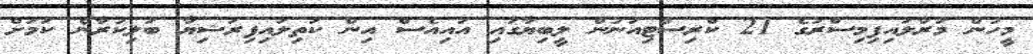
މީހުން މަރާލައިފިމިސްރުގެ 21 ކްރިސްޓިއަނުން ލީބިޔާގައި އައިއެސް އިން ކަތިލައިފިރަޝިޔާ ބަލިކުރާނެ ކަމަށް